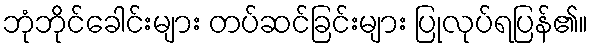
ဘုံဘိုင်ခေါင်းများ တပ်ဆင်ခြင်းများ ပြုလုပ်ရပြန်၏။